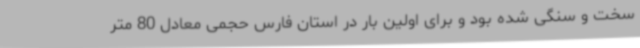
سخت و سنگی شده بود و برای اولین بار در استان فارس حجمی معادل 80 متر